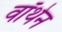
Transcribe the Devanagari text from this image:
वॉथेन